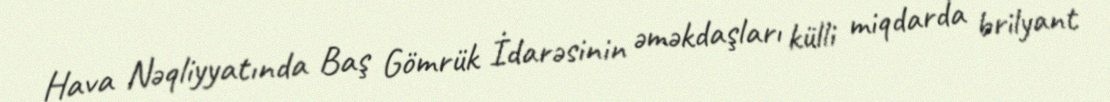
Hava Nəqliyyatında Baş Gömrük İdarəsinin əməkdaşları külli miqdarda brilyant